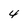
Character: 4